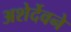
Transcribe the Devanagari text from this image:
अशेर्देवने